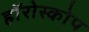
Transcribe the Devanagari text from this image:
हॉरोस्कोप